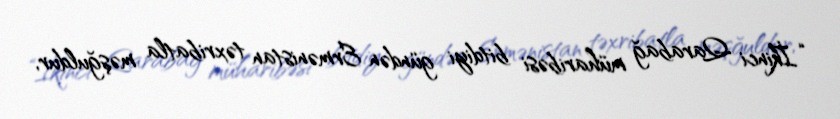
“İkinci Qarabağ müharibəsi bitdiyi gündən Ermənistan təxribatla məşğuldur,